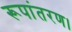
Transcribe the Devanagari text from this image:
रूपांतरण।